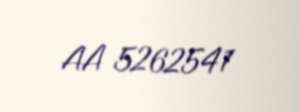
AA 5262541